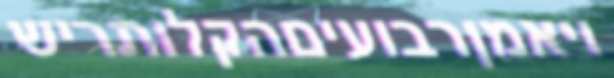
ויאמןרבועיםהקלותריש